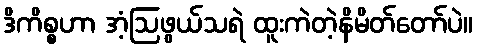
ဒိကိစ္စဟာ အံ့ဩဖွယ်သရဲ ထူးကဲတဲ့နိမိတ်တော်ပဲ။